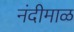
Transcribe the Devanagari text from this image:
नंदीमाळ